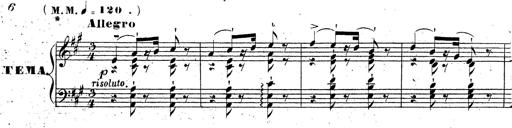
Title: Grande fantaisie sur la tyrolienne de l'opÃ©ra
Composer: Franz Liszt
Key: A major